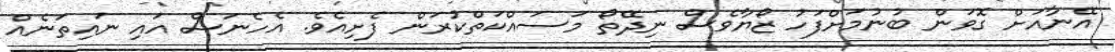
އޭނާއަށް ގޮވަން ބުނުމަށްފަހު ޒޯޔާވެސް ނިދޭތޯ މަސައްކަތްކުރަން ފެށިއެވެ. އެހެނަސް އައި ނައިތަނެއް